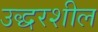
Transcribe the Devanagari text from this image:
उद्धरशील